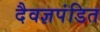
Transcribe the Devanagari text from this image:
दैवज्ञपंडित